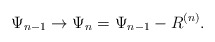
\begin{align*}\Psi_{n-1}\rightarrow \Psi_n=\Psi_{n-1}-R^{(n)}.\end{align*}